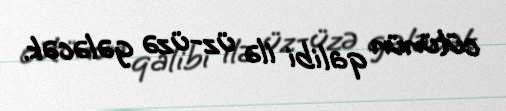
cütünün qalibi ilə üz-üzə gələcək.